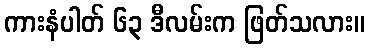
ကားနံပါတ် ၆၃ ဒီလမ်းက ဖြတ်သလား။